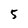
Character: 5